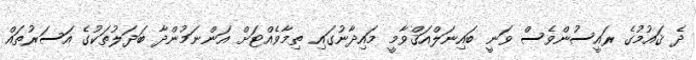
ދެ ޤައުމުގެ ރައީސުންވެސް ވަނީ ބައިނަލްއަޤްވާމީ މައިދާނުގައި ތިމާވެއްޓަށް އަންނަމުންދާ ބަދަލުތަކުގެ އަސަރުތައް